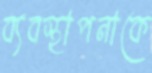
ব্যবস্থাপনাকে